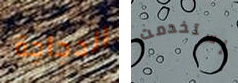
الدجاجة إستخدمت